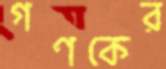
গণকের